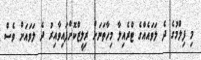
މި ފިލްމުގެ ދެ ލަވައެއްގެ ޓްރެއިލާ މިހާތަނަށް ރިލީޒްކޮށްފައިވާއިރު ދެ ލަވައަށް ވެސް